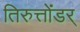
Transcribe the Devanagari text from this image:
तिरुत्तोंडर्